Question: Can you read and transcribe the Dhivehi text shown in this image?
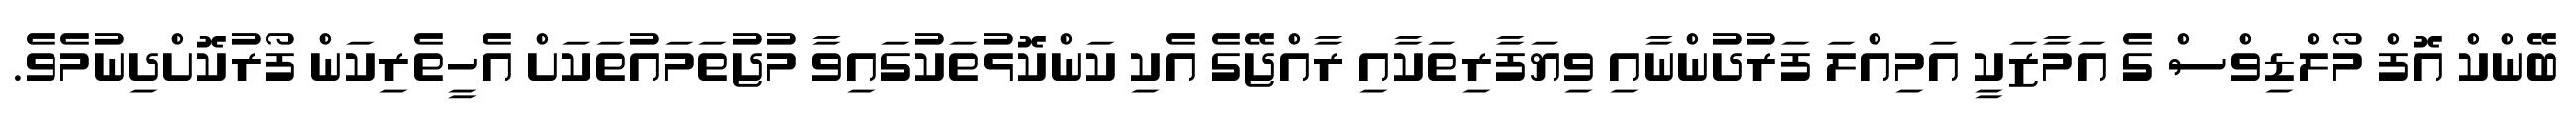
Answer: ބޭންކް އޮފް މޯލްޑިވްސް ގެ އަމާޒަކީ އަމިއްލަ ފަރުދުންނާއި ވިޔަފާރިތަކާއި ރާއްޖޭގެ އެކި ކަންކޮޅުތަކުގައިވާ މުޖުތަމައުތަކަށް އެހީތެރިކަން ފޯރުކޮށްދިނުމެވެ.